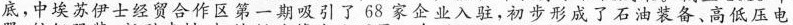
底，中埃苏伊士经贸合作区第一期吸引了68家企业入驻，初步形成了石油装备、高低压电